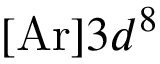
[ \mathrm { A r } ] 3 d ^ { 8 }